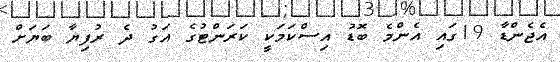
އެޖެންޑާ 19ގައި އެންމެ ބޮޑު އިސްކަމަކީ ކަރަންޓުގެ އަގު ދެ ރުފިޔާ ބަޔަށް